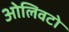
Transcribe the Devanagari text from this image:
ओलिवटो